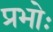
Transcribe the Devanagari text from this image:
प्रभोः